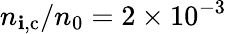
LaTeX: n_{\mathbf{i},\mathrm{{c}}}/n_{0}=2\times10^{-3}